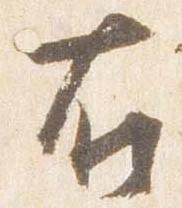
右